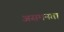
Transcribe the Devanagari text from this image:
असमनता